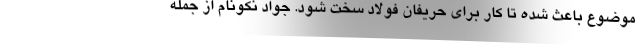
موضوع باعث شده تا کار برای حریفان فولاد سخت شود. جواد نکونام از جمله